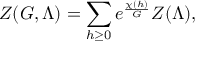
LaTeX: Z ( G , \Lambda ) = \sum _ { h \geq 0 } e ^ { \frac { \chi ( h ) } { G } } Z ( \Lambda ) ,